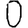
Digit: 0